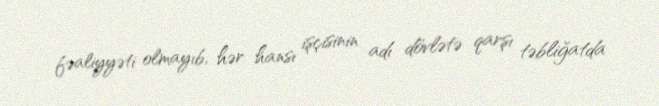
fəaliyyəti olmayıb, hər hansı işçisinin adı dövlətə qarşı təbliğatda